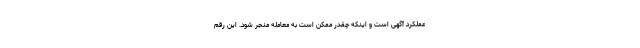
عملکرد آگهی است و اینکه چقدر ممکن است به معامله منجر شود. این رقم